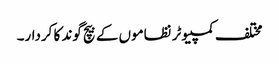
مختلف کمپیوٹر نظاموں کے بیچ گوند کا کردار۔